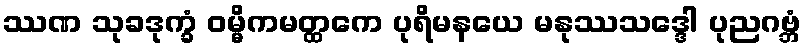
ဿဏ သုခဒုက္ခံ ဝမ္မိကမတ္ထကေ ပုရိမနယေ မနုဿသဒ္ဒေါ ပုညဂဗ္ဘံ